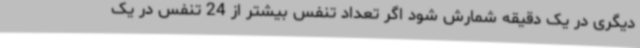
دیگری در یک دقیقه شمارش شود اگر تعداد تنفس بیشتر از 24 تنفس در یک